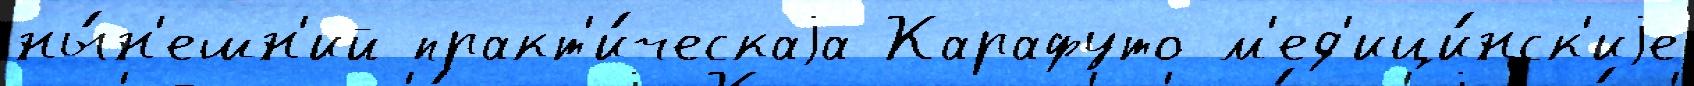
ны́н'ешн'ий практ'и́ческаjа Карафуто м'ед'ици́нск'иjе